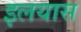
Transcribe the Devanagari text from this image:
इलयास